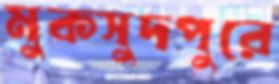
মুকসুদপুরে